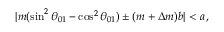
| m ( \sin ^ { 2 } \theta _ { 0 1 } - \cos ^ { 2 } \theta _ { 0 1 } ) \pm ( m + \Delta m ) b | < a \, ,